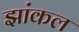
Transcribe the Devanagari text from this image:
झांकल